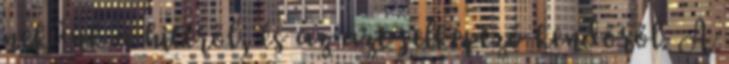
nekünk a hitéről, és az azt jelképező kendőről. A